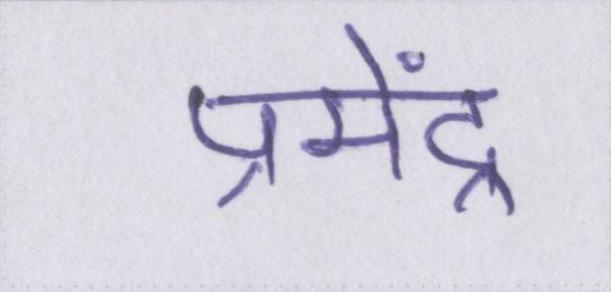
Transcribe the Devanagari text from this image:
प्रमेंद्र